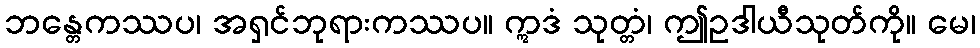
ဘန္တေကဿပ၊ အရှင်ဘုရားကဿပ။ ဣဒံ သုတ္တံ၊ ဤဥဒါယီသုတ်ကို။ မေ၊